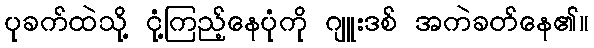
ပုခက်ထဲသို့ ငုံ့ကြည့်နေပုံကို ဂျူးဒစ် အကဲခတ်နေ၏။